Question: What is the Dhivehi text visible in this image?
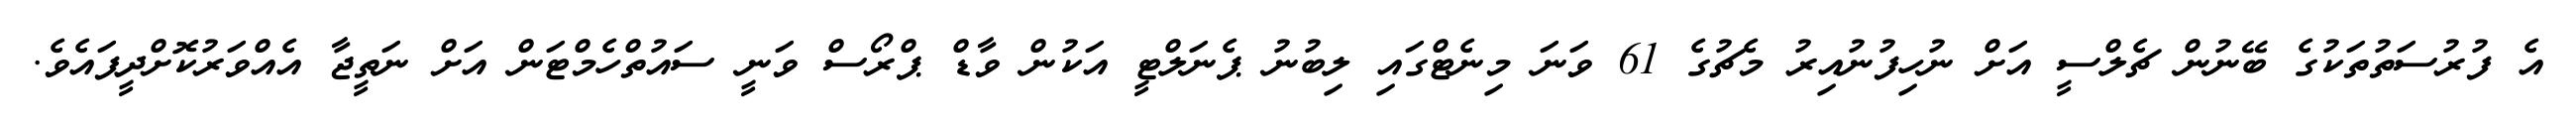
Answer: އެ ފުރުސަތުތަކުގެ ބޭނުން ޗެލްސީ އަށް ނުހިފުނުއިރު މެޗުގެ 61 ވަނަ މިނެޓްގައި ލިބުނު ޕެނަލްޓީ އަކުން ވާޑް ޕްރޯސް ވަނީ ސައުތްހެމްޓަން އަށް ނަތީޖާ އެއްވަރުކޮށްދީފައެވެ.